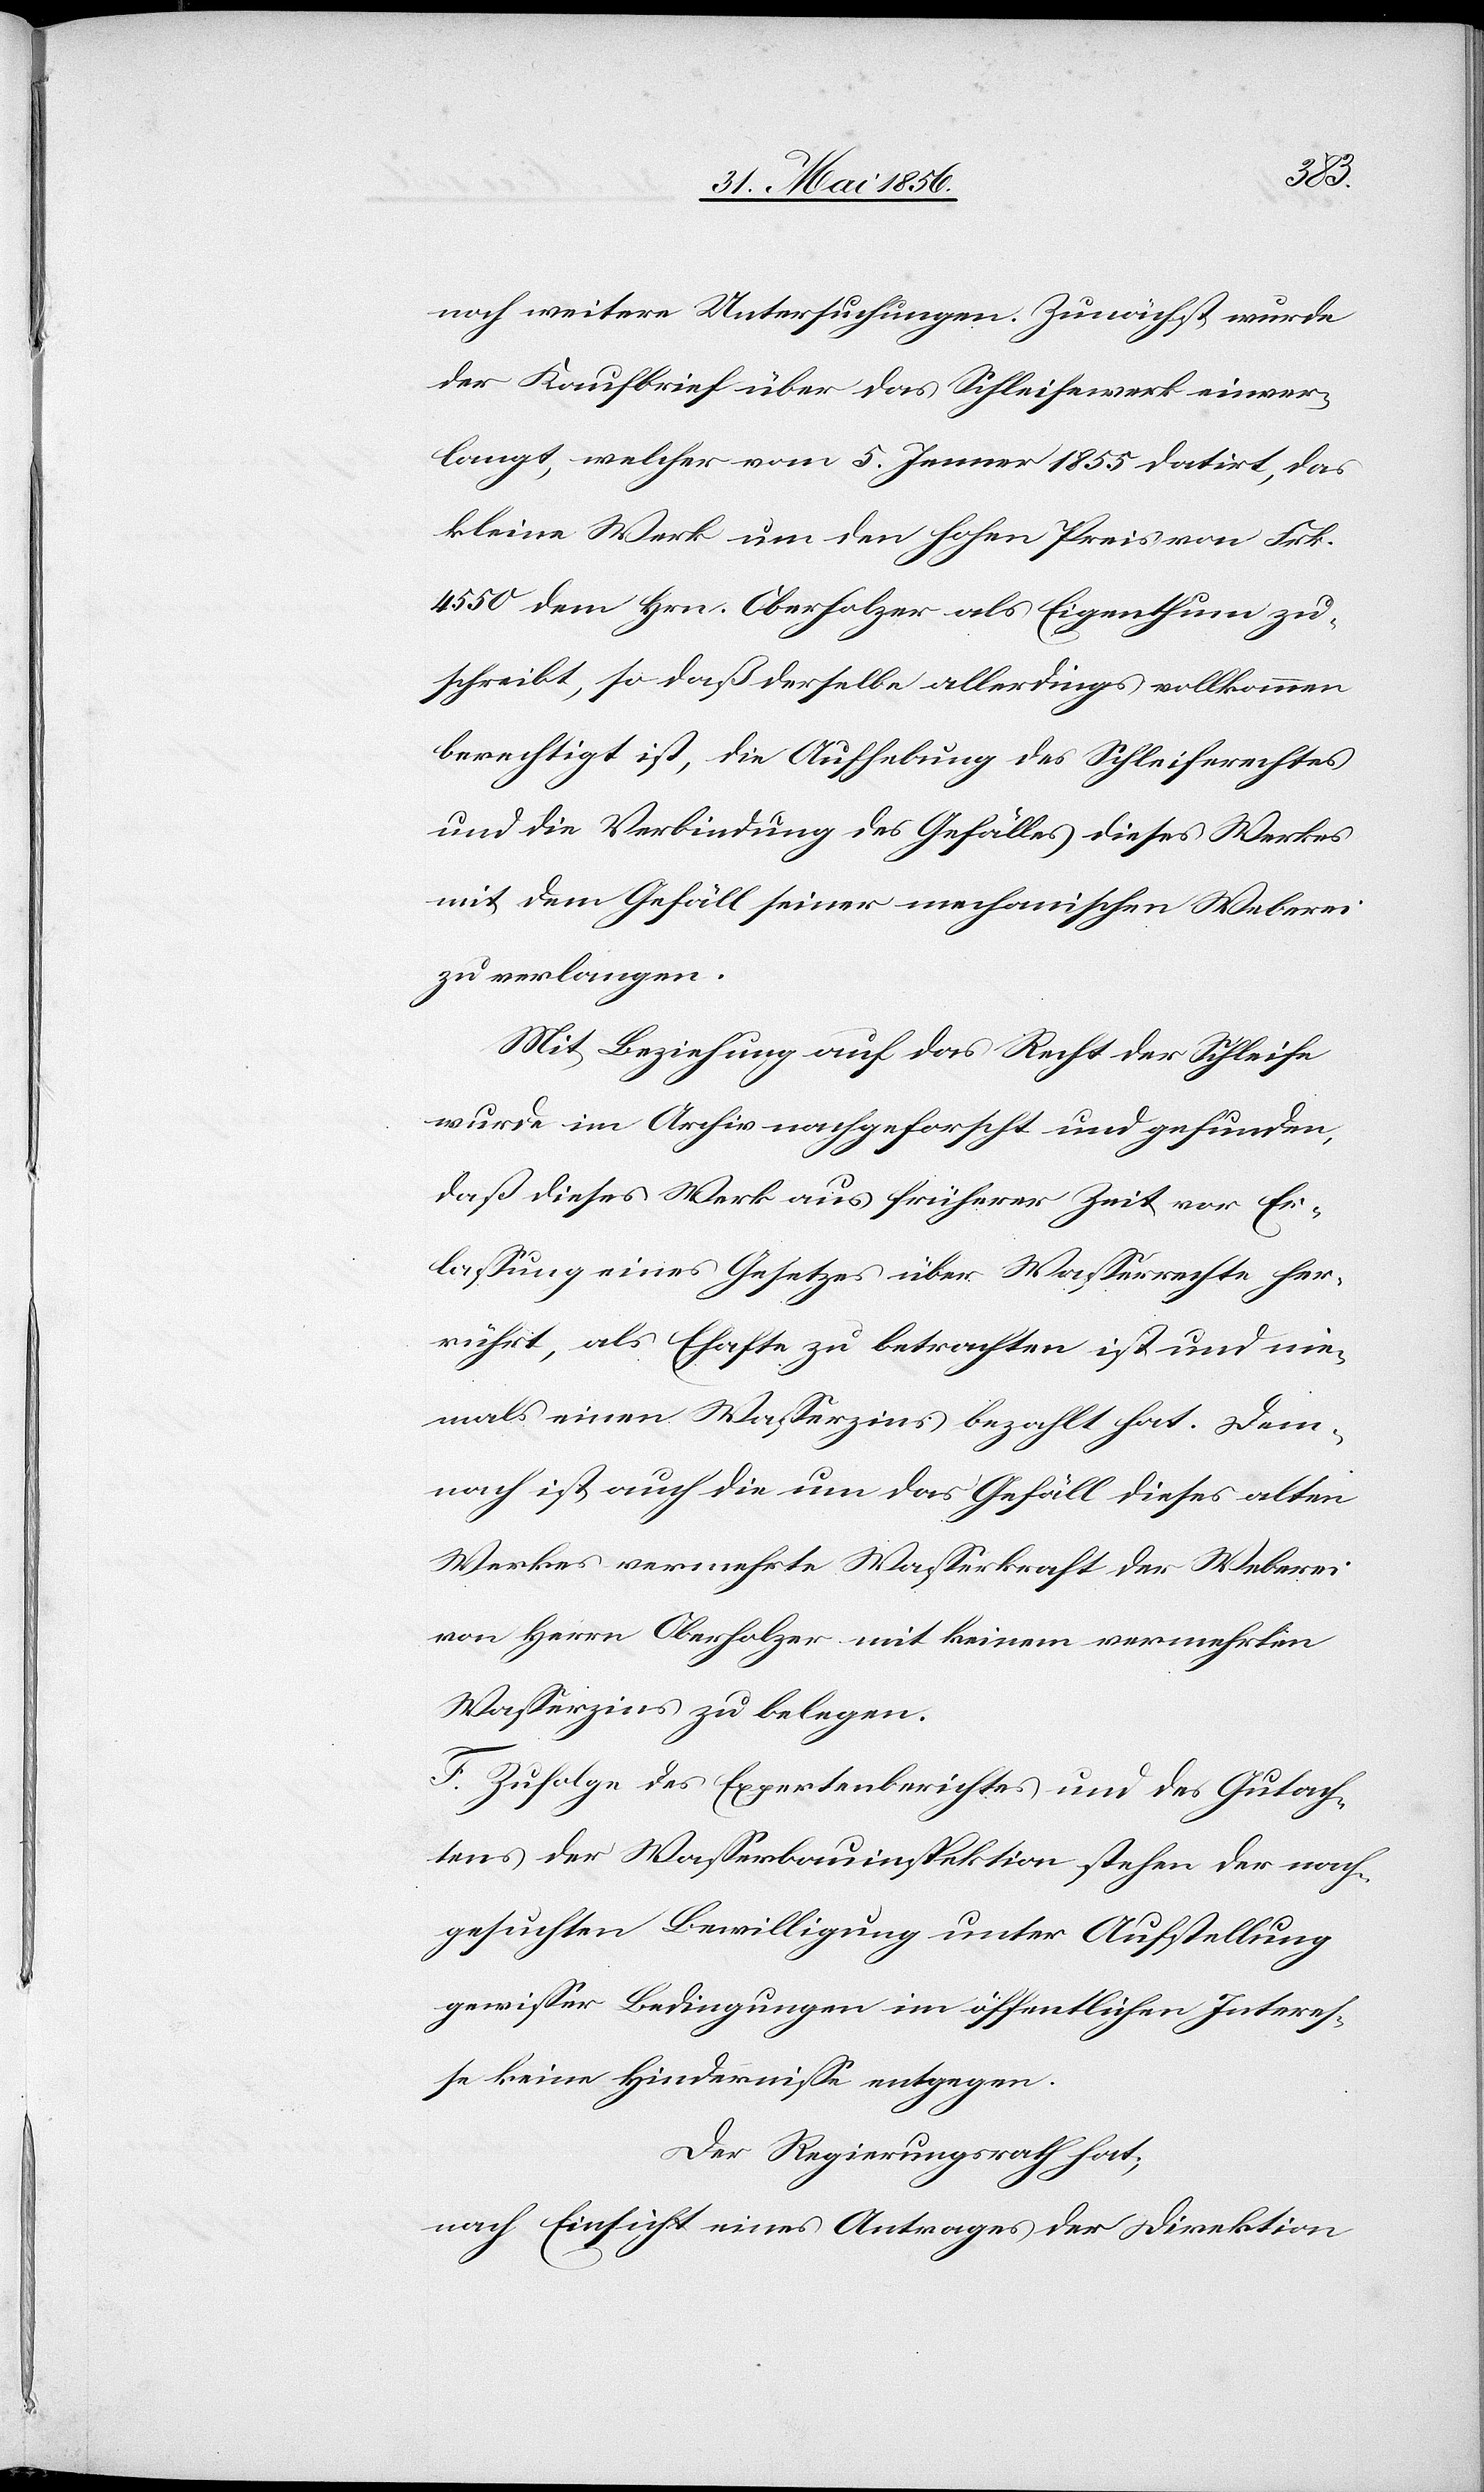
noch weitere Untersuchungen. Zunächst wurde
der Kaufbrief über das Schleifewerk einver¬
langt, welcher vom 5. Jenner 1855 datirt, das
kleine Werk um den hohen Preis von Frk.
4550 dem Hrn. Oberholzer als Eigenthum zu¬
schreibt, so daß derselbe allerdings vollkommen
berechtigt ist, die Aufhebung des Schleiferechtes
und die Verbindung des Gefälles dieses Werkes
mit dem Gefäll seiner mechanischen Weberei
zu verlangen.
Mit Beziehung auf das Recht der Schleife
wurde im Archiv nachgeforscht und gefunden,
das dieses Werk aus früherer Zeit vor Er¬
lassung eines Gesetzes über Wasserrechte her¬
rührt, als Ehafte zu betrachten ist und nie¬
mals einen Wasserzins bezahlt hat. Dem¬
nach ist auch die um das Gefäll dieses alten
Werkes vermehrte Wasserkraft der Weberei
von Herrn Oberholzer mit keinem vermehrten
Wasserzins zu belegen.
F. Zufolge des Expertenberichtes und des Gutach¬
tens der Wasserbauinspektion stehen der nach¬
gesuchten Bewilligung unter Aufstellung
gewisser Bedingungen im öffentlichen Interes¬
se keine Hindernisse entgegen.
Der Regierungsrath hat,
nach Einsicht eines Antrages der Direktion